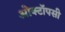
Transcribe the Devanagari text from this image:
ओक्टॉपसी